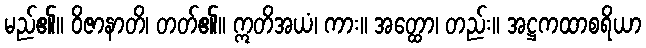
မည်၏။ ဝိဇာနာတိ၊ တတ်၏။ ဣတိအယံ၊ ကား။ အတ္ထော၊ တည်း။ အဋ္ဌကထာစရိယာ